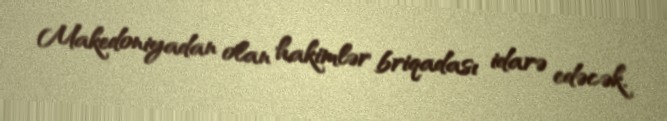
Makedoniyadan olan hakimlər briqadası idarə edəcək.